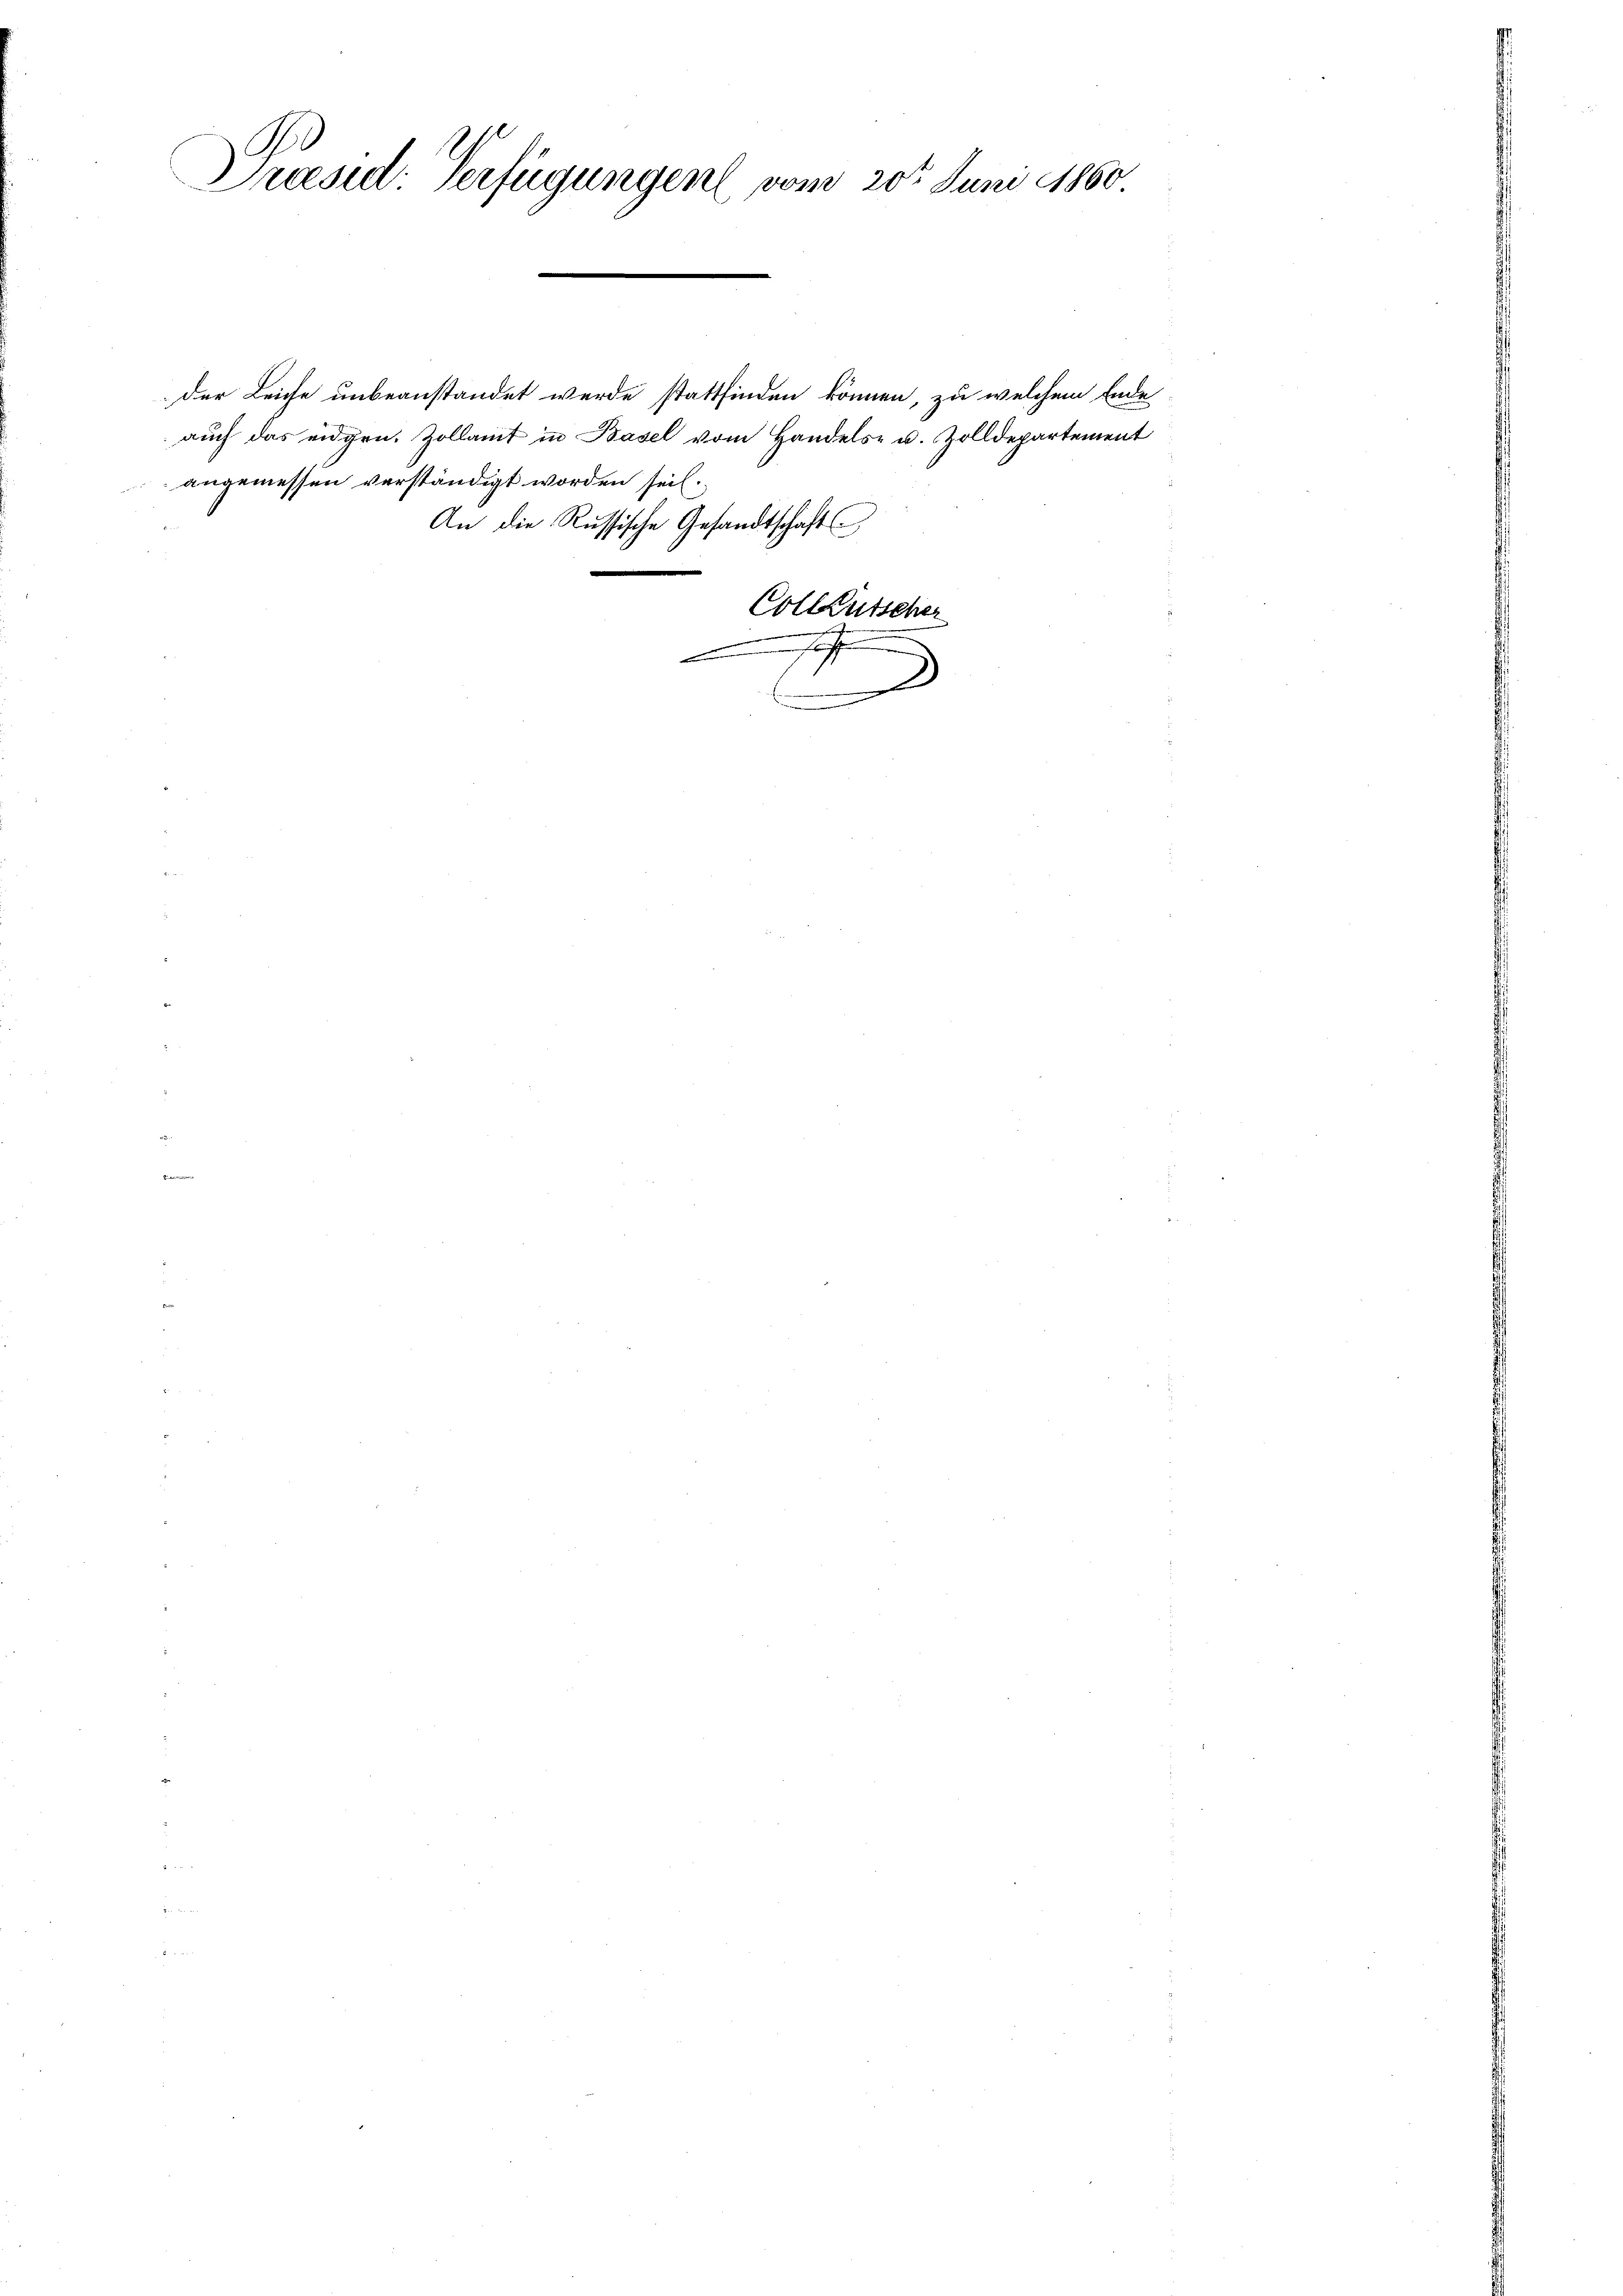
Präsid. Verfügungen vom 20t Juni 1860
g

angemessen verständigt worden seil.

der Leiche unbeanstandet werde stattfinden können, zu welchem Ende
auch das eidgen. Zollamt in Basel vom Handels- u. Zolldepartement
An die Russische Gesandtschaft

.

.
D

Collkutscher